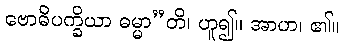
ဗောဓိပက္ခိယာ ဓမ္မာ”တိ၊ ဟူ၍။ အာဟ၊ ၏။